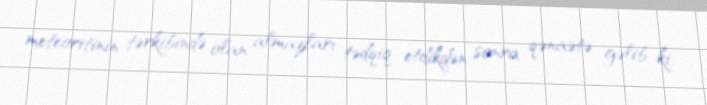
meteoritinin tərkibində olan almazları tədqiq etdikdən sonra qənaətə gəlib ki,